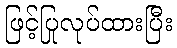
ဖြင့်ပြုလုပ်ထားပြီး